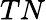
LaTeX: TN